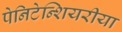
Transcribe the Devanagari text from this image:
पेनिटेन्शियरीया